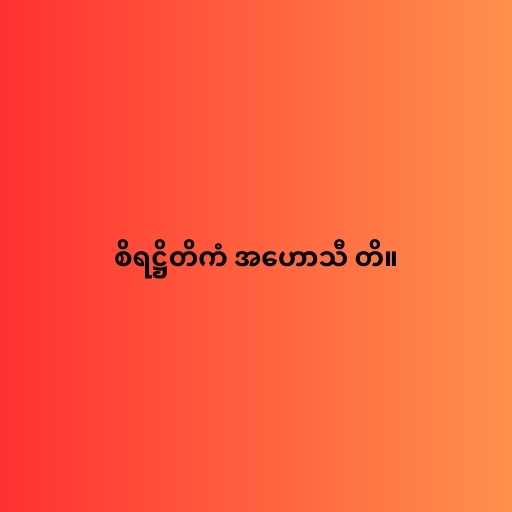
စိရဋ္ဌိတိကံ အဟောသီ တိ။